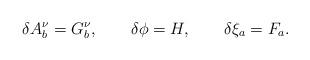
LaTeX: \begin{align*}\delta A^\nu_b=G^\nu_b, \qquad \delta\phi=H, \qquad\delta\xi_a=F_a.\end{align*}